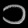
Digit: ၁